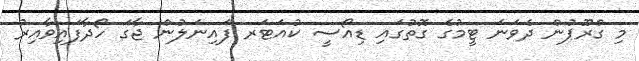
މި ގްރޫޕުން ދެވަނަ ޓީމުގެ ގޮތުގައި ޑިއޯސީ ކުއަޓަރ ފައިނަލުން ޖާގަ ހޯދާފައިވާއިރު